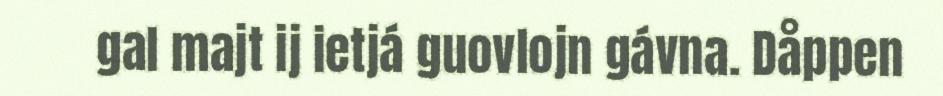
gal majt ij ietjá guovlojn gávna. Dåppen